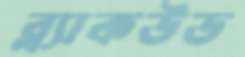
ব্ল্যাকউড